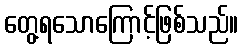
တွေ့ရသောကြောင့်ဖြစ်သည်။